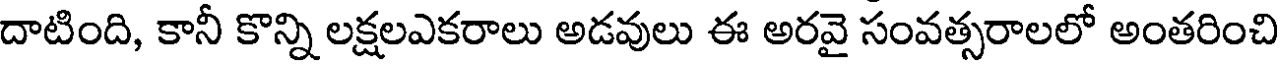
దాటింది, కానీ కొన్ని లక్షలఎకరాలు అడవులు ఈ అరవై సంవత్సరాలలో అంతరించి